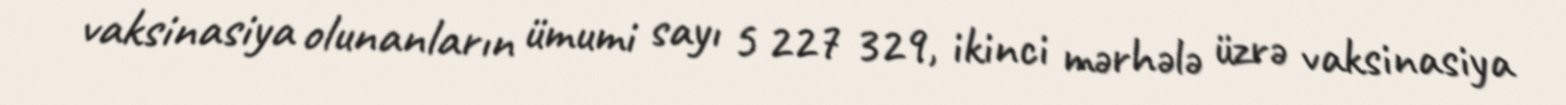
vaksinasiya olunanların ümumi sayı 5 227 329, ikinci mərhələ üzrə vaksinasiya